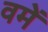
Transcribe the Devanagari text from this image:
वमें